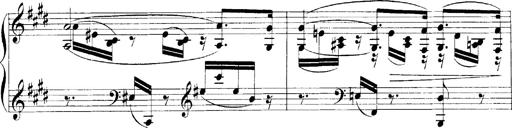
Title: LiebestrÃ¤ume
Composer: Franz Behr
Key: E-flat major